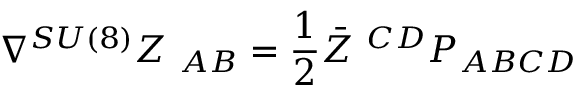
\nabla ^ { S U ( 8 ) } Z _ { \ A B } = { \frac { 1 } { 2 } } \bar { Z } ^ { \ C D } P _ { A B C D }